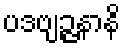
ပဒဗျဉ္ဇနာနိ